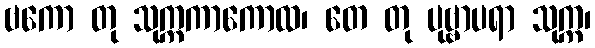
ဗကော တု သုက္ကကာကောထ၊ တေ တု ပုဗ္ဗာပရာ သုက္က၊